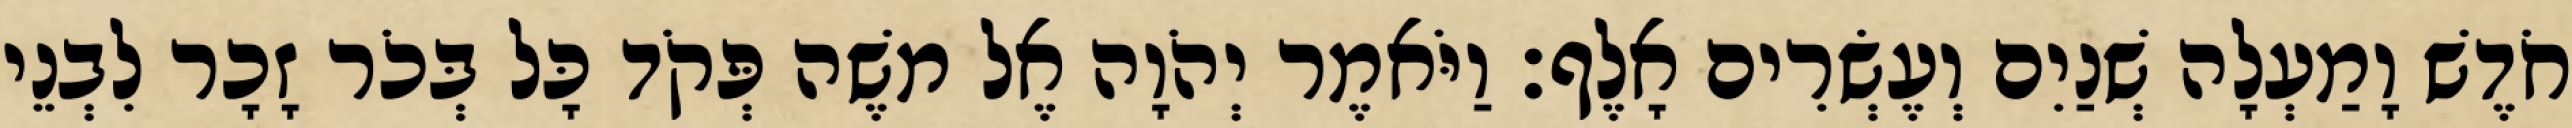
חֹדֶשׁ וָמַעְלָה שְׁנַיִם וְעֶשְׂרִים אָלֶף׃ וַיֹּאמֶר יְהֹוָה אֶל משֶׁה פְּקֹד כָּל בְּכֹר זָכָר לִבְנֵי